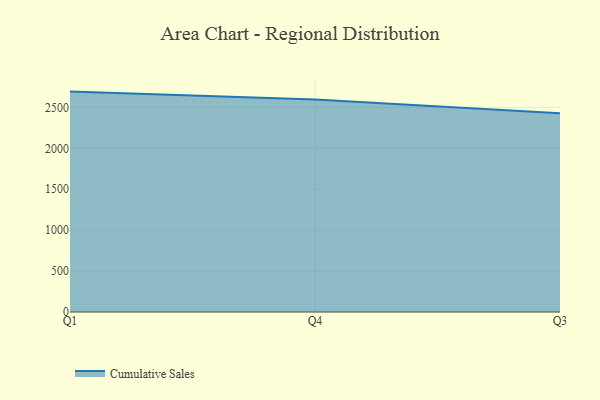
{"axis": {"x": "Quarter", "y": "Demand Index"}, "legend": ["Cumulative Sales"], "data": [{"x": "Q1", "y": 2693.1, "type": "Cumulative Sales"}, {"x": "Q4", "y": 2597.7, "type": "Cumulative Sales"}, {"x": "Q3", "y": 2427.5, "type": "Cumulative Sales"}]}